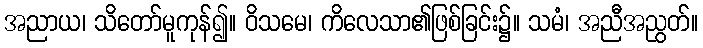
အညာယ၊ သိတော်မူကုန်၍။ ဝိသမေ၊ ကိလေသာ၏ဖြစ်ခြင်း၌။ သမံ၊ အညီအညွတ်။